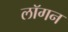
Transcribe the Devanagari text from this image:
लॉगन